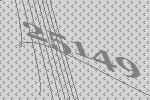
25149